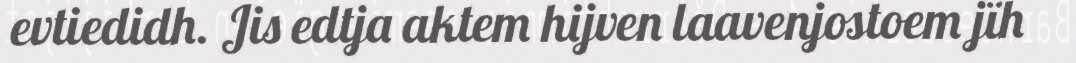
evtiedidh. Jis edtja aktem hijven laavenjostoem jïh